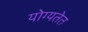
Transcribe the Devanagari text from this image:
योग्यतेत